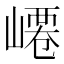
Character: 𡼟